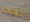
لماذا